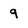
Character: q